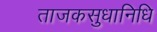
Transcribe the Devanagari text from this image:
ताजकसुधानिधि